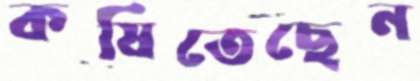
কষিতেছেন